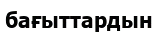
бағыттардын